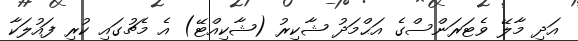
އަދި މާލޭ ވެޓަރަންސްގެ އަޙްމަދު ޝާކިރު (ޝާކިއްޓޭ) އެ މެޗުގައި ކުރި ފައުލަކާ